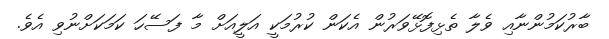
ބާރުކަމުންނާއި ވެލާ ތެޅިފޮޅޭވަރުން އެކަން ކުރުމަކީ އަލީއަށް މާ ފަސޭހަ ކަމަކަށްނުވި އެވެ.